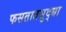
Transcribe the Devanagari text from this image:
फसतातसुद्धा